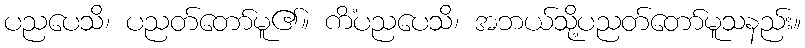
ပညပေသိ၊ ပညတ်တော်မူ၏။ ကိံပညပေသိ၊ အဘယ်သို့ပညတ်တော်မူသနည်း။